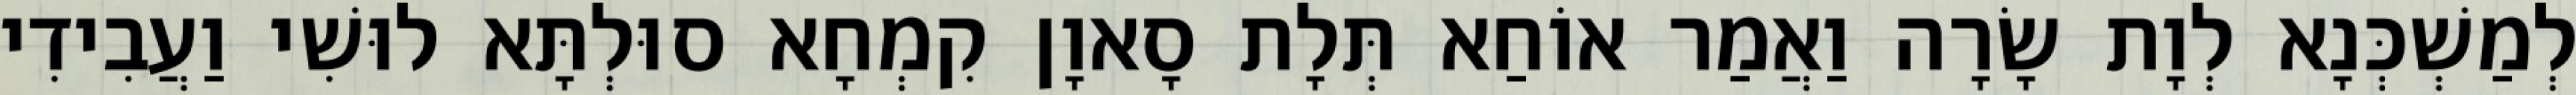
לְמַשְׁכְּנָא לְוָת שָׂרָה וַאֲמַר אוֹחַא תְּלָת סָאוָן קִמְחָא סוּלְתָּא לוּשִׁי וַעֲבִידִי